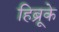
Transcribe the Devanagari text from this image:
हिब्रूके